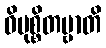
ဝိမုစ္စိတဗ္ဗာတိ